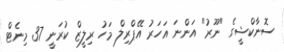
ސޮނާކްޝީގެ "ނޫރު" އަންނަ އަހަރު އޭޕްރިލް މަހު ރިލީޒް ކުރަނީ 37 މިނެޓް